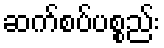
ဆက်စပ်ပစ္စည်း